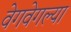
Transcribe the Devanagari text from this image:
वेगवेगल्या